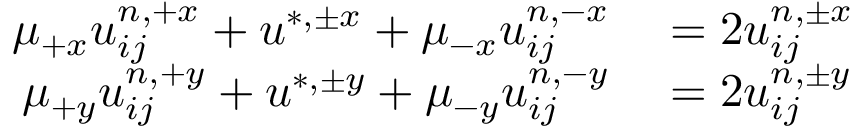
\begin{array} { r l } { \mu _ { + x } u _ { i j } ^ { n , + x } + u ^ { \ast , \pm x } + \mu _ { - x } u _ { i j } ^ { n , - x } } & { { } = 2 u _ { i j } ^ { n , \pm x } } \\ { \mu _ { + y } u _ { i j } ^ { n , + y } + u ^ { \ast , \pm y } + \mu _ { - y } u _ { i j } ^ { n , - y } } & { { } = 2 u _ { i j } ^ { n , \pm y } } \end{array}